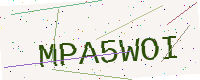
Text: MPA5WOI